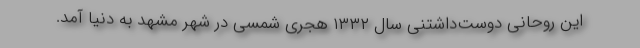
این روحانی دوست‌داشتنی سال ۱۳۳۲ هجری شمسی در شهر مشهد به دنیا آمد.